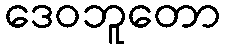
ဒေဝဘူတော